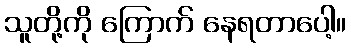
သူတို့ကို ကြောက် နေရတာပေါ့။